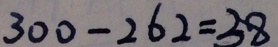
3 0 0 - 2 6 2 = 3 8